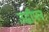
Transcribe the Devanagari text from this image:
उद्धीपन